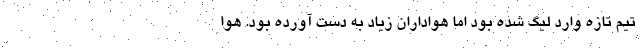
تیم تازه وارد لیگ شده بود اما هواداران زیاد به دست آورده بود. هوا